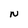
Character: N